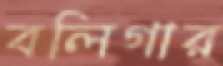
বলিগার